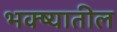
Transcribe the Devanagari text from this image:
भक्ष्यातील